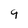
Character: 9